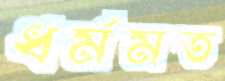
ধর্মমত